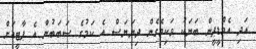
އަދި އެމްޑީޕީން ބަޔަކު ވަކިވެގެން ދިޔަޔަސް އެ ކަމުގެ ސަބަބުން އެ ޕާޓީއަށް